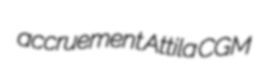
accruement Attila CGM